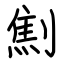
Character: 劁